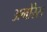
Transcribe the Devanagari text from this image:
अमोरेस